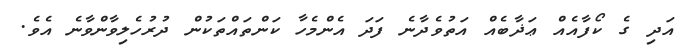
އަދި ގެ ކޯފާއެއް ޢަޛާބެއް އަތުވެދާނެ ފަދަ އެންމެހާ ކަންތައްތަކުން ދުރުހެލިވާންވާނެ އެވެ.